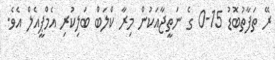
ރޭ ތަފާތުބޮޑު 15-0 ގެ ނަތީޖާއަކުން މިރާ ކްލަބް ބަލިކުރި އެމްޕީއެލް އެވެ.